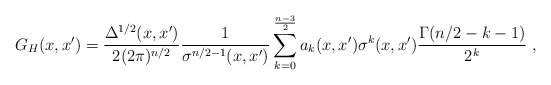
\begin{align*}G_H(x,x')=\frac{\Delta^{1/2}(x,x')}{2(2\pi)^{n/2}}\frac1{\sigma^{n/2-1}(x,x')}\sum_{k=0}^{\frac{n-3}2}a_k(x,x')\sigma^k(x,x')\frac{\Gamma(n/2-k-1)}{2^k} \ ,\end{align*}